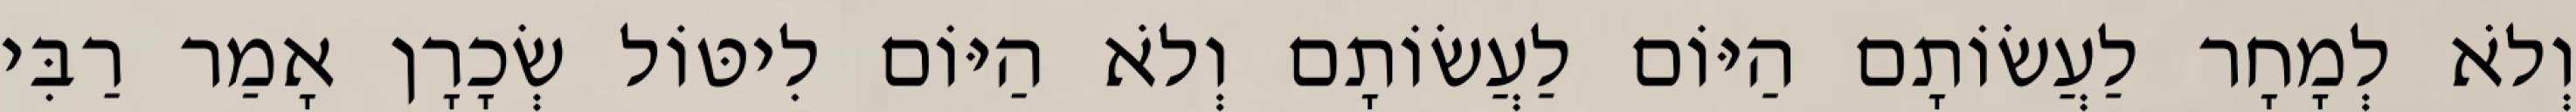
וְלֹא לְמָחָר לַעֲשׂוֹתָם הַיּוֹם לַעֲשׂוֹתָם וְלֹא הַיּוֹם לִיטּוֹל שְׂכָרָן אָמַר רַבִּי